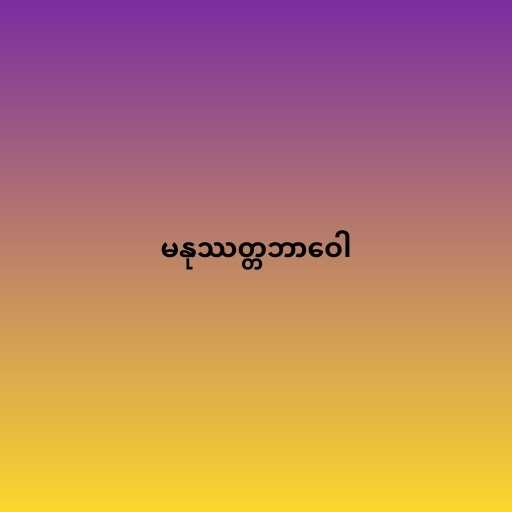
မနုဿတ္တဘာဝေါ